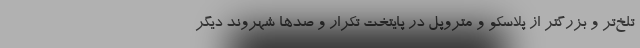
تلخ‌تر و بزرگتر از پلاسکو و متروپل در پایتخت تکرار و صدها شهروند دیگر